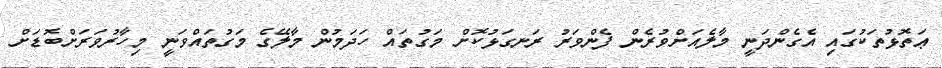
ޢަތޮޅުތަކުގައި އެގެންދަނީ މާލެއަށްވުރެން ފެންވަރު ރަނގަޅުކޮށް މަގުތައް ހަދަމުން މާލޭގެ މަގުތައްވަނީ މިހާރުވަރަށްބޮޑަށް